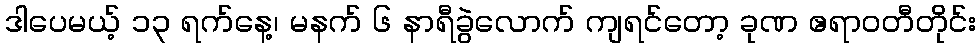
ဒါပေမယ့် ၁၃ ရက်နေ့၊ မနက် ၆ နာရီခွဲလောက် ကျရင်တော့ ခုဏ ဧရာဝတီတိုင်း